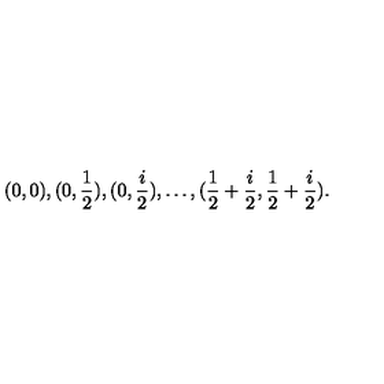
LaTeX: ( 0 , 0 ) , ( 0 , \frac { 1 } { 2 } ) , ( 0 , \frac { i } { 2 } ) , \ldots , ( \frac { 1 } { 2 } + \frac { i } { 2 } , \frac { 1 } { 2 } + \frac { i } { 2 } ) .